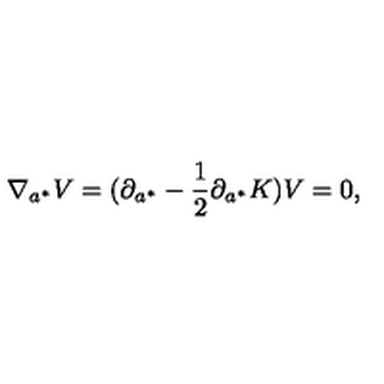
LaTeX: \nabla _ { a ^ { * } } V = ( \partial _ { a ^ { * } } - { \frac { 1 } { 2 } } \partial _ { a ^ { * } } K ) V = 0 ,